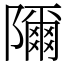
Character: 隬